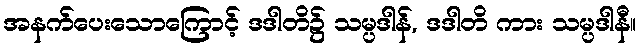
အနက်ပေးသောကြောင့် ဒဒါတိ၌ သမ္ပဒါန်, ဒဒါတိ ကား သမ္ပဒါနီ။